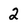
Character: 2